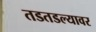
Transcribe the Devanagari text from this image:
तडतडल्यावर